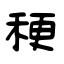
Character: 稉